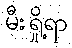
မီးရှို့ရာ